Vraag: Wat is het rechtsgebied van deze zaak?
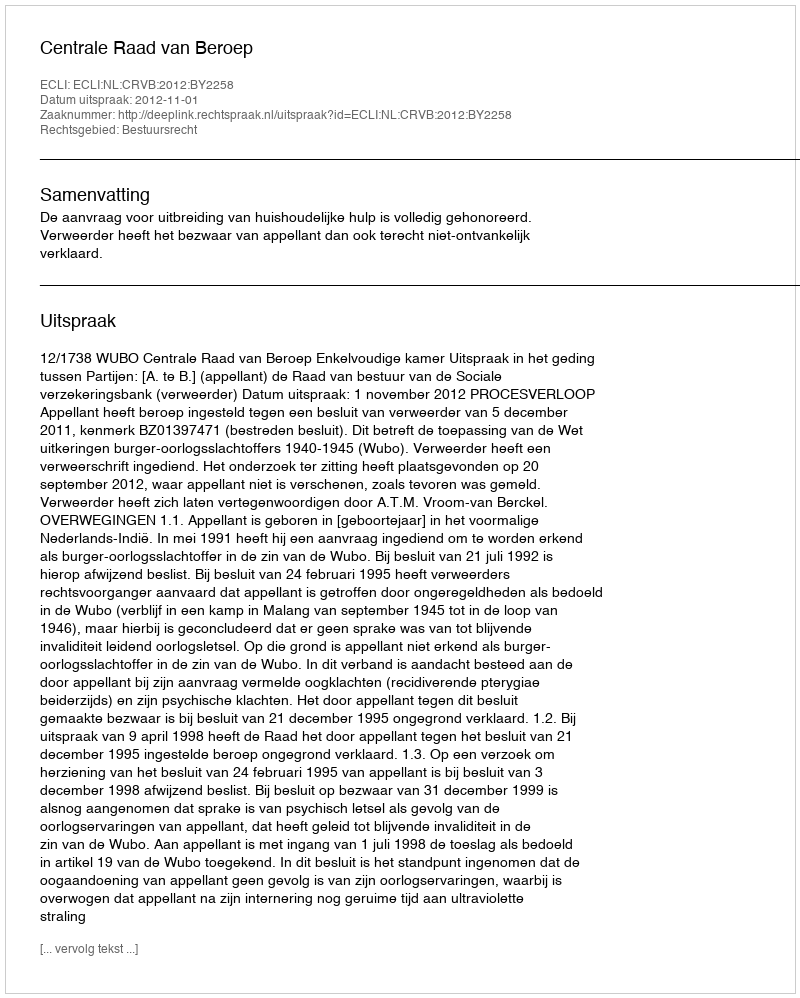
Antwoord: Bestuursrecht